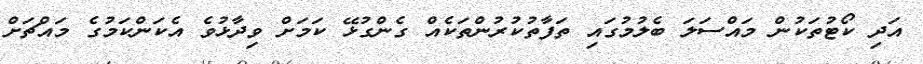
އަދި ކޯޓުތަކުން މައްސަލަ ބެލުމުގައި ތަފާތުކުރުންތަކެއް ގެންގުޅޭ ކަމަށް ވިދާޅުވެ އެކަންކަމުގެ މައްޗަށް